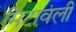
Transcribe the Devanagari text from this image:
मिटावली